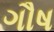
ગૌષ